Insane asylums in Bengal annual reports 1876-1887 - 1876-1887
Year: 1876
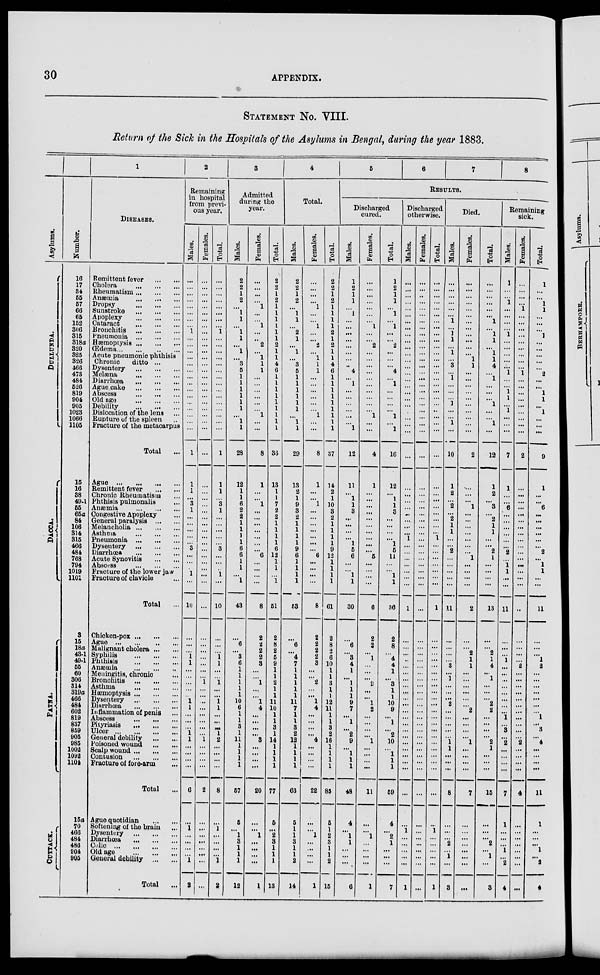
30
APPENDIX.
STATEMENT NO. VIII.
Return of the Sick in the Hospitals of the Asylums in Bengal, during the year 1883.
Asylums.
DULLUNDA.
DACCA.
PATNA.
CUTTACK.
Number.
16
17
34
55
57
66
65
152
306
315
318a
320
325
326
466
473
484
526
819
904
905
1023
1066
1105
15
16
38
49-1
55
65a
84
106
314
315
466
484
768
794
1019
1101
3
15
18a
43-1
49-1
55
60
306
314
319 a
466
484
602
819
837
859
905
985
1002
1092 1104
15a
70
466
484
486
904
905
1
DISEASES.
Remittent fever
...
...
Cholera
...
...
...
Rheumatism ... ... ...
Anæmia
...
...
...
Dropsy
...
...
...
Sunstroke
...
...
...
Apoplexy
...
...
...
Cataract
...
...
...
Bronchitis
...
...
...
Pneumonia
...
...
...
Hæmoptysis ... ... ...
Œdema ... ... ... ...
Acute pneumonic phthisis
Chronic
ditto ...
Dysentery
...
...
...
Melæna
...
...
...
Diarrhœa
...
...
...
Ague cake
...
...
...
Abscess
...
...
...
Old age ... ... ...
Debility
...
...
...
Dislocation of the lens ...
Rupture of the spleen ...
Fracture of the metacarpus
Total ...
Ague
...
...
...
...
Remittent fever
...
...
Chronic Rheumatism ...
Phthisis pulmonalis ...
Anæmia
...
...
...
Congestive Apoplexy ...
General paralysis ... ...
Melancholia ... ... ...
Asthma
...
...
...
Pneumonia
...
...
...
Dysentery
...
...
...
Diarrhœa
...
...
...
Acute Synovitis
...
...
Abscess
...
...
...
Fracture of the lower jaw
Fracture of clavicle ...
Total ...
Chicken-pox ... ... ...
Ague
...
...
...
...
Malignant cholera ... ...
Syphilis
...
...
...
Phthisis
...
...
...
Anæmin
...
...
...
Meningitis, chronic ...
Bronchitis
...
...
...
Asthma
...
...
...
Hæmoptysis ... ... ...
Dysentery
...
...
...
Diarrhœa
...
...
...
Inflammation of penis ...
Abscess
...
...
...
Pityriasis
...
...
...
Ulcer
...
...
...
...
General debility
...
...
Poisoned wound
...
...
Scalp wound ... ... ...
Contusion
...
...
...
Fracture of fore-arm ...
Total ...
Ague quotidian
...
...
Softening of the brain ...
Dysentery
...
...
...
Diarrhœa
...
...
...
Colic
...
...
...
...
Old age
...
...
...
General debility ... ...
Total ...
2
Remaining
in hospital
from previ-
ous year.
Males.
...
...
...
...
...
...
...
...
1
...
...
...
...
...
...
...
...
...
...
...
...
...
...
...
1
1
1
...
3
1
...
...
...
...
...
3
...
...
...
1
...
10
...
...
...
1
1
...
...
...
...
...
1
1
...
...
...
1 1
...
...
...
...
6
...
1
...
...
...
...
1
2
Females.
...
...
...
...
...
...
...
...
...
...
...
...
...
...
...
...
...
...
...
...
...
...
...
...
...
...
...
...
...
...
...
...
...
...
...
...
...
...
...
...
...
...
...
...
...
...
...
...
...
1
...
...
...
...
...
...
...
...
1
...
...
...
...
2
...
...
...
...
...
...
...
...
Total.
...
...
...
...
...
...
...
...
1
...
...
...
...
...
...
...
...
...
...
...
...
...
...
...
1
1
1
...
3
1
...
...
...
...
...
3
...
...
...
1
...
10
...
...
...
1
1
...
...
1
...
...
1
1
...
...
...
1
2
...
...
...
...
8
...
1
...
...
...
...
1
2
3
Admitted
during the
year.
Males.
2
2
1
2
...
1
1
...
1
1
...
1
...
3
5
1
1
1
1
1
1
...
1
1
28
12
1
1
6
2
2
1
1
1
1
6
6
1
1
...
1
43
...
6
...
3
6
1
1
1
1
1
10
6
1
1
3
1
11
1
1
1
1
57
5
...
1
3
1
1
1
12
Females.
...
...
...
...
1
...
...
1
...
...
2
...
1
1
1
...
...
...
...
...
...
1
...
...
8
1
...
...
1
...
...
...
...
...
...
...
6
...
...
...
...
8
2
2
2
2
3
...
...
1
...
...
1
4
...
...
...
...
3
...
...
...
...
20
...
...
1
...
...
...
...
1
Total.
2
2
1
2
1
1
1
1
1
1
2
1
1
4
6
1
1
1
1
1
1
1
1
1
36
13
1
1
7
2
2
1
1
1
1
6
12
1
1
...
1
51
2
8
2
5
9
1
1
2
1
1
11
10
1
1
3
1
14
...
...
...
...
77
6
...
2
3
1
1
1
13
4
Total.
Males.
2
2
1
2
...
1
1
...
2
1
...
1
...
3
5
1
1
1
1
1
1
...
1
1
29
13
2
1
9
3
2
1
1
1
1
9
6
1
1
1
1
53
...
6
...
4
7
1
1
1
1
1
11
7
1
1
3
2
12
1
1
1
1
63
5
1
1
3
1
1
2
14
Females.
...
...
...
...
1
...
...
1
...
...
2
...
1
1
1
...
...
...
...
...
...
1
...
...
8
1
...
...
1
...
...
...
...
...
...
...
6
...
...
...
...
8
2
2
2
2
3
...
...
2
...
...
1
4
...
...
...
...
4
...
...
...
...
22
...
...
1
...
...
...
...
1
Total.
2
2
1
2
1
1
1
1
2
1
2
1
1
4
6
1
1
1
1
1
1
1
1
1
37
14
2
1
10
3
2
1
1
1
1
9
13
1
1
1
1
61
2
8
2
6
10
1
1
3
1
1
12
11
1
1
3
2
16
1
1
1
1
85
5
1
2
3
1
1
2
15
5
6
7
8
Results.
Discharged
cured.
Males.
1
2
1
1
...
1
...
...
...
...
...
...
...
...
4
...
1
...
...
...
...
...
...
1
12
11
... 1
1
3
...
...
...
...
1
5
6
...
...
1
1
30
...
6
...
3
4
1
...
1
1
1
9
7
...
1
...
2
9
...
1
1
1
48
4
...
1
1
...
...
...
6
Females.
...
...
...
...
...
...
...
1
...
...
2
...
...
...
...
...
...
...
...
...
...
1
...
...
4
1
...
...
...
...
...
...
...
...
...
...
5
...
...
...
...
6
2
2
...
1
...
...
...
2
...
...
1
2
...
...
...
...
1
...
...
...
...
11
...
...
1
...
...
...
...
1
Total.
1
2
1
1
...
1
...
1
...
...
2
...
...
...
4
...
1
...
...
...
...
1
...
1
16
12
... 1
1
3
...
...
...
...
1
5
11
...
...
1
1
36
2
8
...
4
4
1
...
3
1
1
10
9
...
1
...
2
10
...
1
1
1
59
4
...
2
1
...
...
...
7
Discharged
otherwise.
Males.
...
...
...
...
...
...
...
...
...
...
...
...
...
...
...
...
...
...
...
...
...
...
...
....
...
...
... ...
...
...
...
...
...
1
...
...
...
...
...
...
...
1
...
...
...
...
...
...
...
...
...
...
...
...
...
...
...
...
...
...
...
...
...
...
...
1
...
...
...
...
...
1
Females.
...
...
...
...
...
...
...
...
...
...
...
...
...
...
...
...
...
...
...
...
...
...
...
...
...
...
...
...
...
...
...
...
...
...
...
...
...
...
...
...
...
...
...
...
...
...
...
...
...
...
...
...
...
...
...
...
...
...
...
...
...
...
...
...
...
...
...
...
...
...
...
...
Total.
...
...
...
...
...
...
...
...
...
...
...
...
...
...
...
...
...
...
...
...
..
...
...
...
...
...
...
...
...
...
...
...
...
1
...
...
...
...
...
...
...
1
...
...
...
...
...
...
...
...
...
...
...
...
...
...
...
...
...
...
...
...
...
...
...
1
...
...
...
...
...
1
Died.
Males.
...
...
...
...
...
...
1
...
1
1
...
1
...
3
...
1
...
...
...
1
...
...
1
...
10
1
2
...
2
...
2
1
1
...
...
2
...
...
...
...
...
11
...
...
...
...
3
...
1
...
...
...
2
...
...
...
...
...
1
1
...
...
...
8
...
...
...
2
...
1
...
3
Females.
...
...
...
...
...
...
...
...
...
...
...
...
1
1
...
...
...
...
...
...
...
...
... ...
2
...
...
...
1
...
...
...
...
...
...
...
1
...
...
...
...
2
...
...
2
1
1
...
...
...
...
...
...
2
...
...
...
...
1
...
...
...
...
7
...
...
...
...
...
...
...
...
Total.
...
...
...
...
...
...
1
...
1
1
...
1
1
4
...
1
...
...
...
1
...
...
1
...
12
1
2
...
3
...
2
1
1
...
...
2
1
...
...
...
...
13
...
...
2
1
4
...
1
...
...
...
2
2
...
...
...
...
2
1
...
...
...
15
...
...
...
2
...
1
...
3
Remaining
sick.
Males.
1
...
...
1
...
...
...
...
1
...
...
...
...
...
1
...
...
1
1
...
1
...
...
...
7
1
...
...
6
...
...
...
...
...
...
2
...
1
1
...
...
11
...
...
...
1
...
...
...
...
...
...
...
...
1
...
3
...
2
...
...
...
...
7
1
...
...
...
1
...
2
4
Females.
...
...
...
...
1
...
...
...
...
...
...
...
...
...
1
...
...
...
...
...
...
...
...
...
2
...
...
...
...
...
...
...
...
...
...
...
...
...
...
...
...
...
...
...
...
...
2
...
...
...
...
...
...
...
...
...
...
...
2
...
...
...
...
4
...
...
...
...
...
...
...
...
Total.
1
...
...
1
1
...
...
...
1
...
...
...
...
...
2
...
...
1
1
...
1
...
...
...
9
1
...
...
6
...
...
...
...
...
...
2
...
1
1
...
...
11
...
...
...
1
2
...
...
...
...
...
...
...
1
...
3
...
4
...
...
...
...
11
1
...
...
...
1
...
2
4